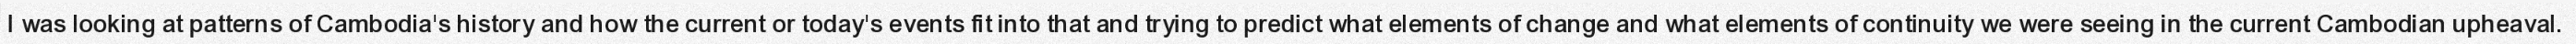
I was looking at patterns of Cambodia's history and how the current or today's events fit into that and trying to predict what elements of change and what elements of continuity we were seeing in the current Cambodian upheaval.